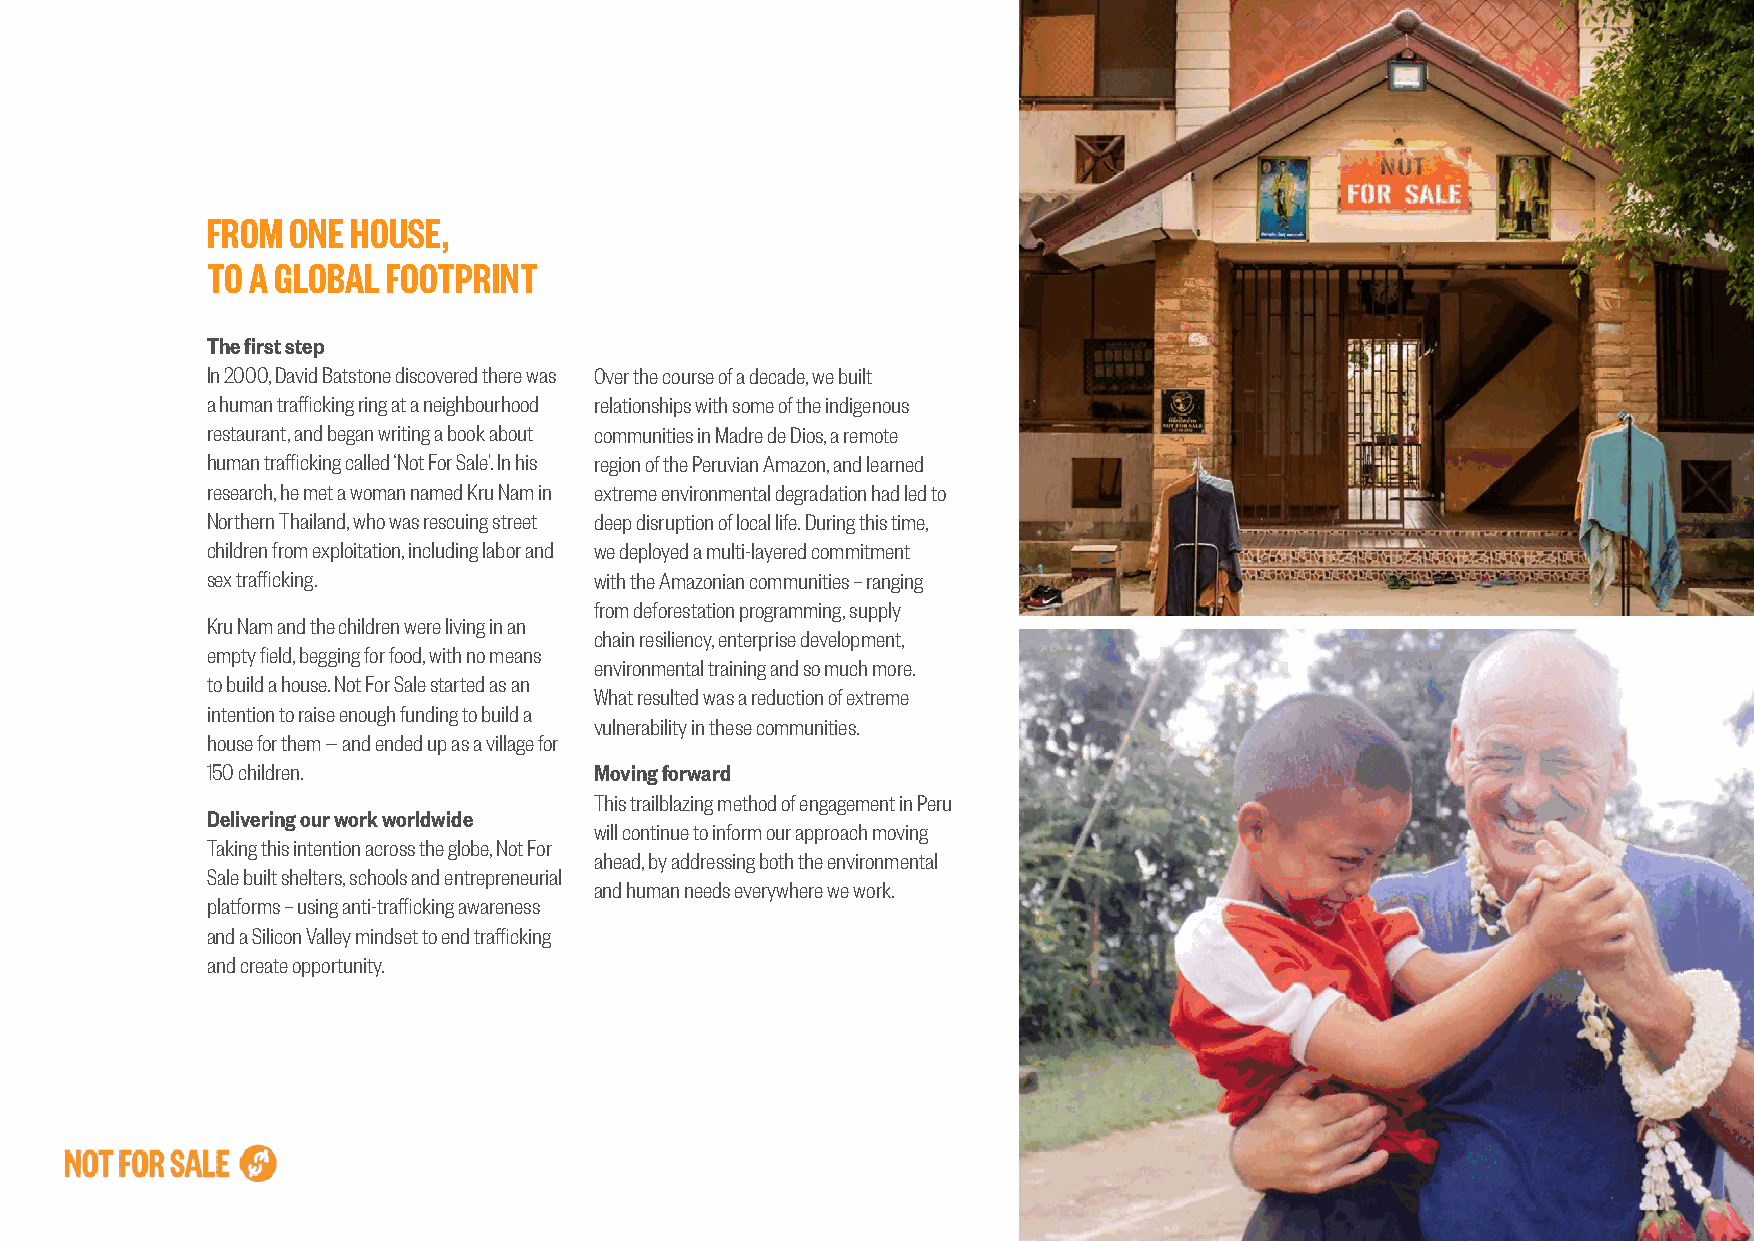
FROM ONE HOUSE,
 TO A GLOBAL FOOTPRINT
 The first step
 In 2000, David Batstone discovered there was Over the course of a decade, we built
 a human trafficking ring at a neighbourhood relationships with some of the indigenous
 restaurant, and began writing a book about communities in Madre de Dios, a remote
 human trafficking called ‘Not For Sale’. In his region of the Peruvian Amazon, and learned
 research, he met a woman named Kru Nam in extreme environmental degradation had led to
 Northern Thailand, who was rescuing street deep disruption of local life. During this time,
 children from exploitation, including labor and we deployed a multi-layered commitment
 sex trafficking.         with the Amazonian communities – ranging
 from deforestation programming, supply
 Kru Nam and the children were living in an
 chain resiliency, enterprise development,
 empty field, begging for food, with no means
 environmental training and so much more.
 to build a house. Not For Sale started as an
 What resulted was a reduction of extreme
 intention to raise enough funding to build a
 vulnerability in these communities.
 house for them — and ended up as a village for
 150 children.            Moving forward
 This trailblazing method of engagement in Peru
 Delivering our work worldwide
 will continue to inform our approach moving
 Taking this intention across the globe, Not For
 ahead, by addressing both the environmental
 Sale built shelters, schools and entrepreneurial
 and human needs everywhere we work.
 platforms – using anti-trafficking awareness
 and a Silicon Valley mindset to end trafficking
 and create opportunity.